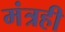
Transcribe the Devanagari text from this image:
मंत्रही